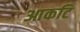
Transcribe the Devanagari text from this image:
आकटि